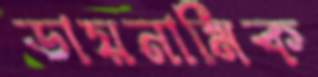
ডায়নামিক